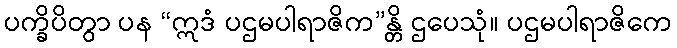
ပက္ခိပိတွာ ပန “ဣဒံ ပဌမပါရာဇိက”န္တိ ဌပေသုံ။ ပဌမပါရာဇိကေ